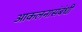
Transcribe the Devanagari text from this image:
आकलनासंबंधी